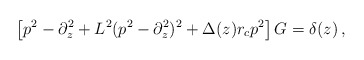
\begin{align*}\left[p^2-\partial^2_z+L^2(p^2-\partial_z^2)^2+\Delta(z)r_cp^2\right]G=\delta(z)\,, \end{align*}